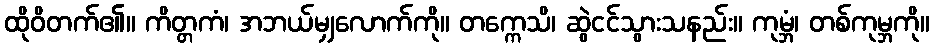
ထိုဝိတက်၏။ ကိတ္တကံ၊ အဘယ်မျှလောက်ကို။ တက္ကေသိ၊ ဆွဲငင်သွားသနည်း။ ကုမ္ဘံ၊ တစ်ကုမ္ဘကို။